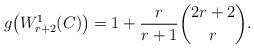
LaTeX: \begin{align*}g\bigl(W^1_{r+2}(C)\bigr)=1+\frac{r}{r+1}{2r+2\choose r}.\end{align*}